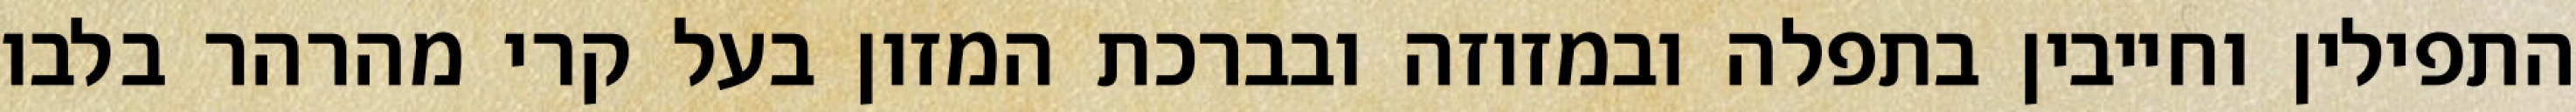
התפילין וחייבין בתפלה ובמזוזה ובברכת המזון בעל קרי מהרהר בלבו